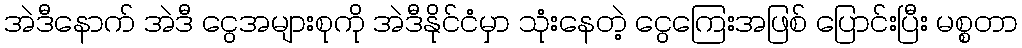
အဲဒီနောက် အဲဒီ ငွေအများစုကို အဲဒီနိုင်ငံမှာ သုံးနေတဲ့ ငွေကြေးအဖြစ် ပြောင်းပြီး မစ္စတာ